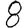
Digit: 8